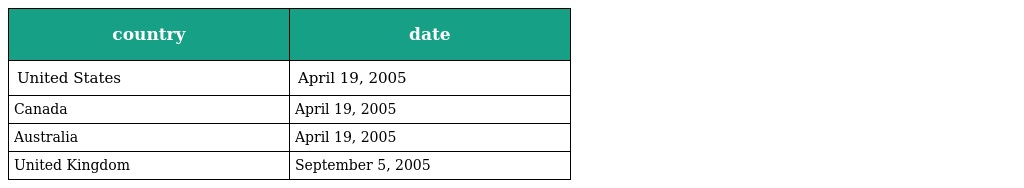
| country | date |
 | --- | --- |
 | United States | April 19, 2005 |
 | Canada | April 19, 2005 |
 | Australia | April 19, 2005 |
 | United Kingdom | September 5, 2005 |